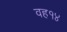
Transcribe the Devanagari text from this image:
वह१४